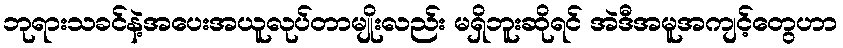
ဘုရားသခင်နဲ့အပေးအယူလုပ်တာမျိုးလည်း မရှိဘူးဆိုရင် အဲဒီအမူအကျင့်တွေဟာ